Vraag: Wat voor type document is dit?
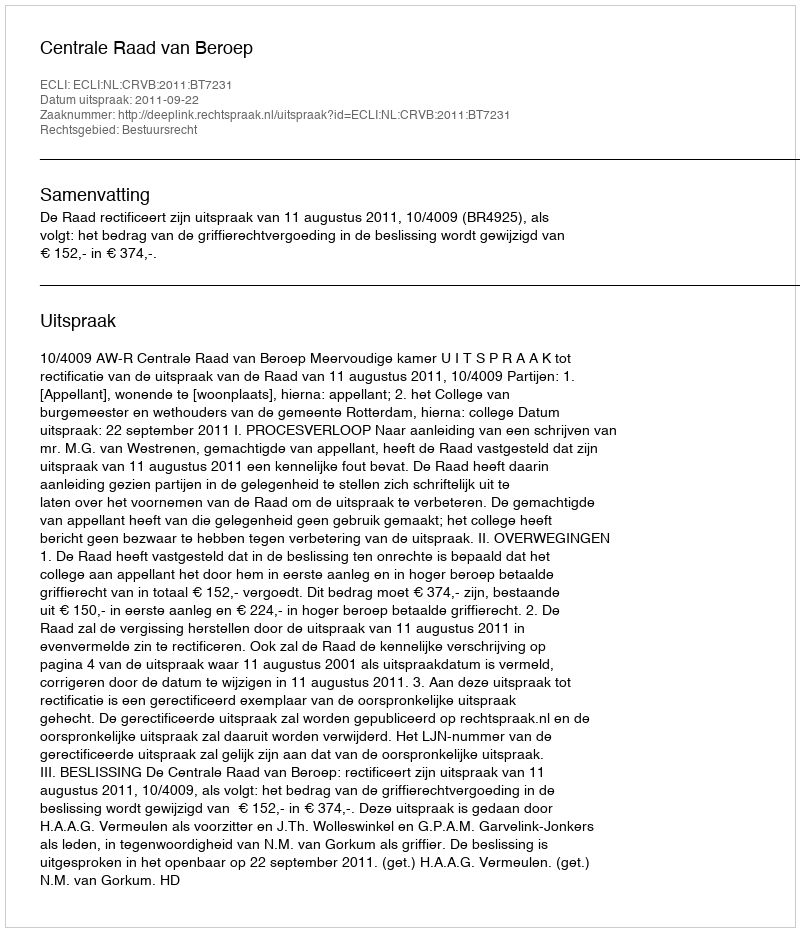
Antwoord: Uitspraak